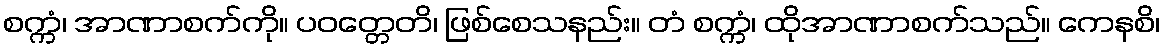
စက္ကံ၊ အာဏာစက်ကို။ ပဝတ္တေတိ၊ ဖြစ်စေသနည်း။ တံ စက္ကံ၊ ထိုအာဏာစက်သည်။ ကေနစိ၊